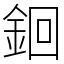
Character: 䤧